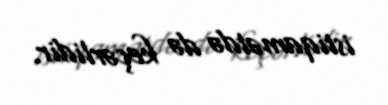
istiqamətdə də keçərlidir.